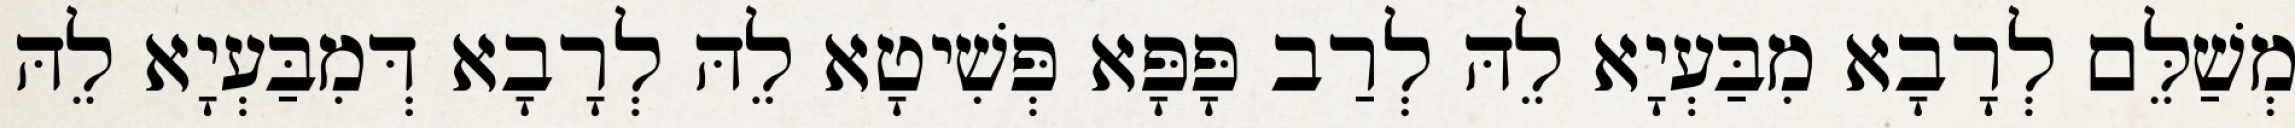
מְשַׁלֵּם לְרָבָא מִבַּעְיָא לֵהּ לְרַב פָּפָּא פְּשִׁיטָא לֵהּ לְרָבָא דְּמִבַּעְיָא לֵהּ